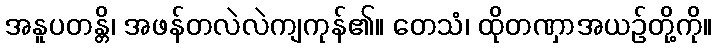
အနူပတန္တိ၊ အဖန်တလဲလဲကျကုန်၏။ တေသံ၊ ထိုတဏှာအယဉ်တို့ကို။